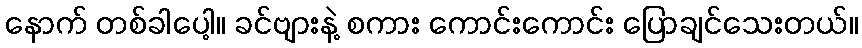
နောက် တစ်ခါပေါ့။ ခင်ဗျားနဲ့ စကား ကောင်းကောင်း ပြောချင်သေးတယ်။